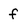
Character: f